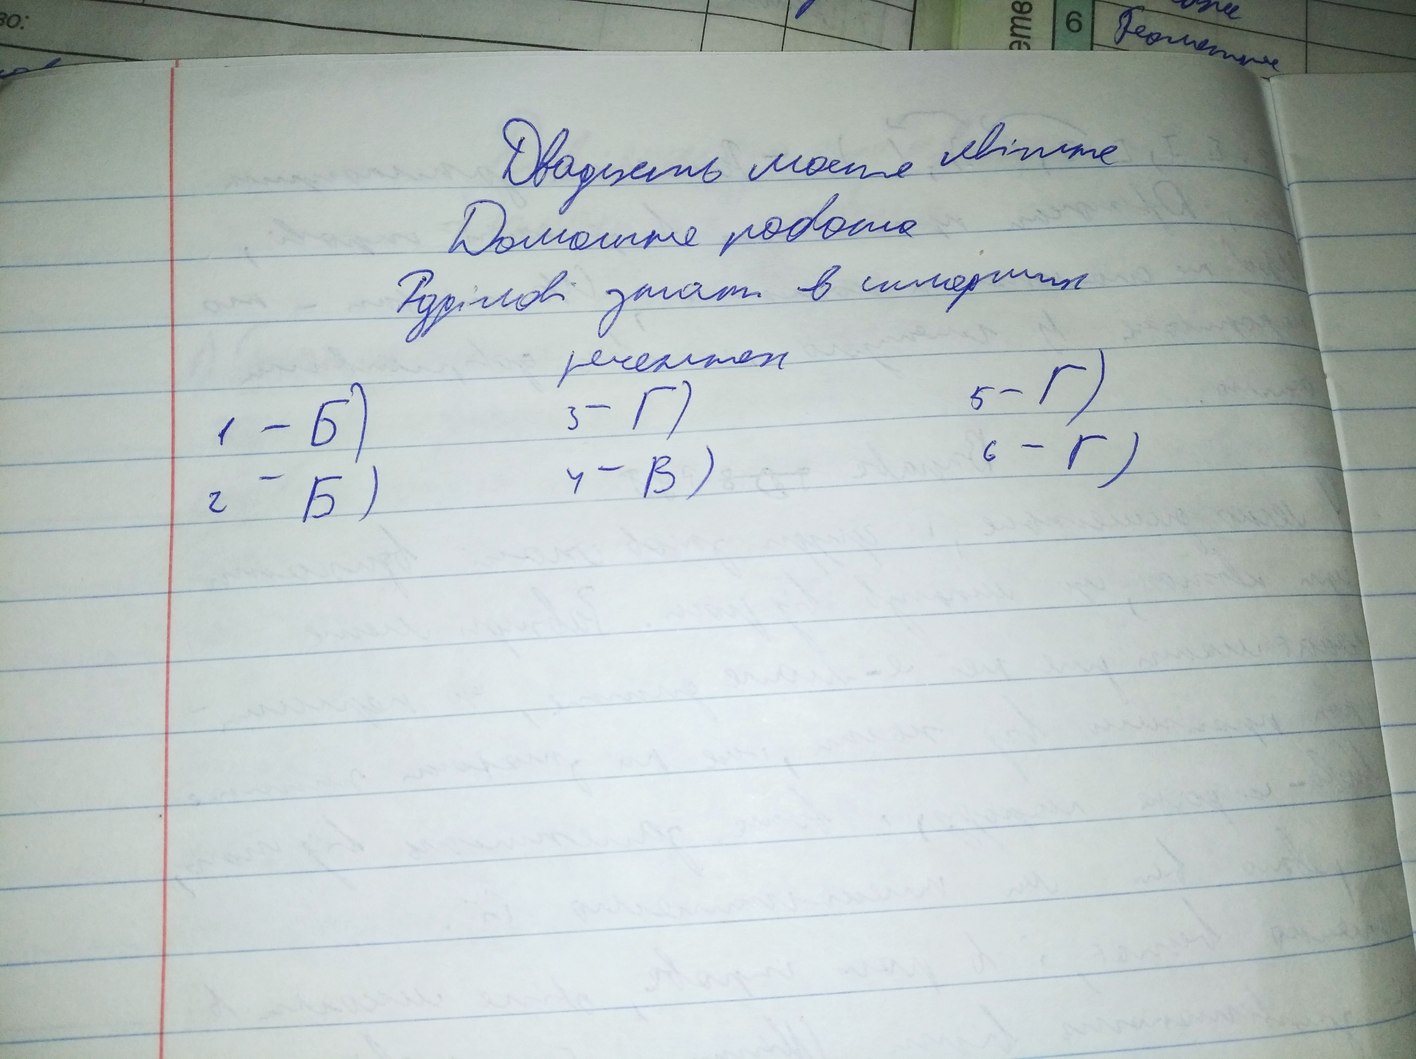
6
Геометрия
о:
Двадцять шосте квітня
Домашня робота
Розділові знаки в складних
реченнях
5-Г)
1-Б)
3-Г)
6-Г)
4-В)
2 - Б)